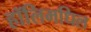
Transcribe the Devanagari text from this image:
हॉलिमधिल